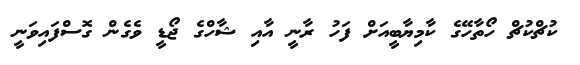
ކުޗްކުޗް ހޯތާހޭގެ ކާމިޔާބީއަށް ފަހު ރާނީ އާއި ޝާހްގެ ޖޯޑީ ވެގެން ގޮސްފައިވަނީ